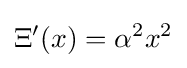
\Xi '(x)=\alpha ^{2}x^{2}